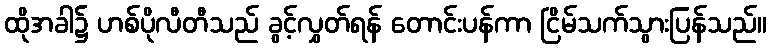
ထိုအခါ၌ ဟစ်ပိုလီတီသည် ခွင့်လွှတ်ရန် တောင်းပန်ကာ ငြိမ်သက်သွားပြန်သည်။